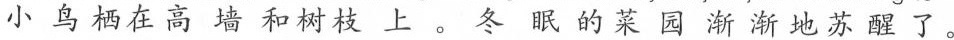
小鸟栖在高墙和树枝上。冬眠的菜园渐渐地苏醒了。